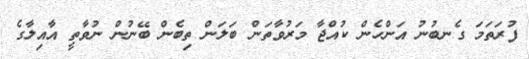
ފުރަތަމަ ގެނބުނު އަންހެން ކުއްޖާ މަރުވާތަން ބަލަން ތިބެން ބޭނުން ނުވާތީ އާއިލާގެ